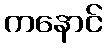
ကနောင်